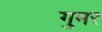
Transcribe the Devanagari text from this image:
गुमर